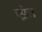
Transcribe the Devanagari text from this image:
एप्रेल